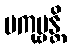
ပကုဗ္ဗန္တိ